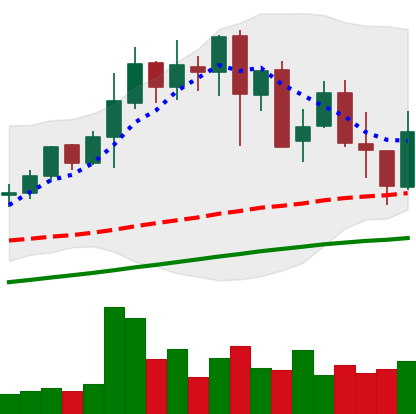
Ticker: LINK-USD
Chart end date: 2021-05-18
Forward return: -52.972%
Label: down_7plus